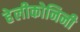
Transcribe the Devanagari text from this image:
हेलीकोनिनी